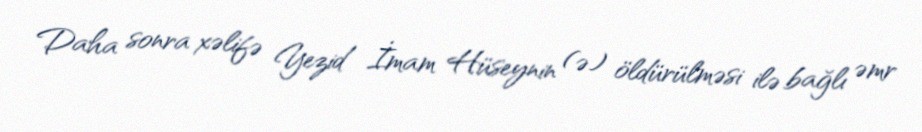
Daha sonra xəlifə Yezid İmam Hüseynin (ə) öldürülməsi ilə bağlı əmr